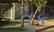
તૂક